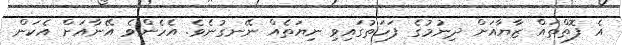
އެ ފޮތްތައް ޒާޔާއަށް ދިނުމުގެ ފަހަތުގައިވި ނިޔަތެއް ނޭނގުނެވެ. އެހެންވެ އޭނާއަށް އެކަން